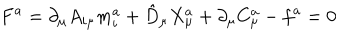
F ^ { a } = \partial _ { \mu } A _ { i \mu } m _ { i } ^ { a } + \hat { D } _ { \mu } X _ { \mu } ^ { a } + \partial _ { \mu } C _ { \mu } ^ { a } - f ^ { a } = 0